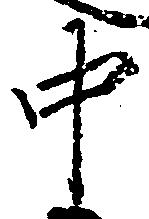
中